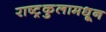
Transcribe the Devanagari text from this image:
राष्ट्रकुलामधून